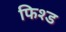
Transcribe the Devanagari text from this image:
फिश्ड